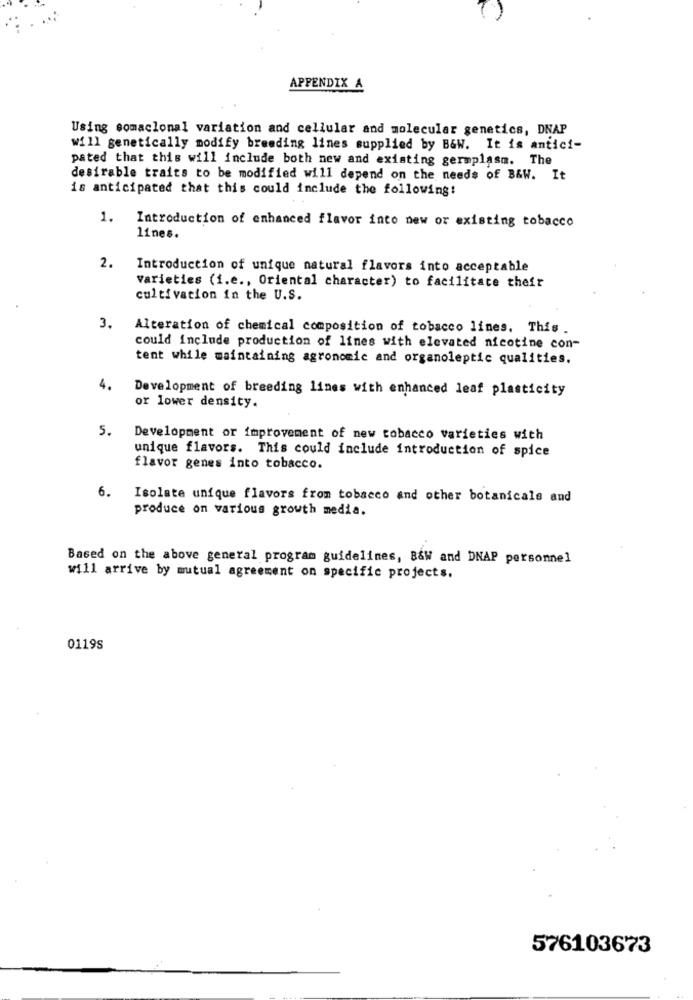
APPENDIX A
Using somaclonal variation and cellular and molecular genetics, DNAP
will genetically modify breeding lines supplied by B&W. It is antici-
pated that this will include both new and existing germplasm. The
desirable traits to be modified will depend on the needs of B&W. It
is anticipated that this could include the following!
1.
Introduction of enhanced flavor into new or existing tobacco
lines.
2.
Introduction of unique natural flavors into acceptable
varieties (i.e ., Oriental character) to facilitate their
cultivation in the U.S.
3.
Alteration of chemical composition of tobacco lines. This .
could include production of lines with elevated nicotine con-
tent while maintaining agronomic and organoleptic qualities.
4.
Development of breeding lines with enhanced leaf plasticity
or lower density.
5.
Development or improvement of new tobacco varieties with
unique flavors. This could include introduction of spice
flavor genes into tobacco.
6.
Isolate unique flavors from tobacco and other botanicals and
produce on various growth media.
Based on the above general program guidelines, B&W and DNAP personnel
will arrive by mutual agreement on specific projects.
0119S
576103673